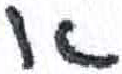
אות: א